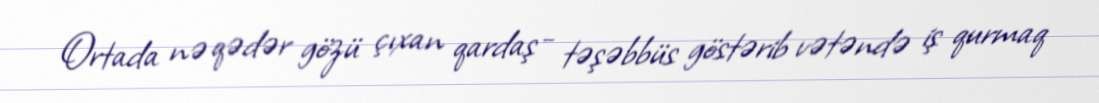
Ortada nə qədər gözü çıxan qardaş - təşəbbüs göstərib vətəndə iş qurmaq